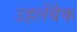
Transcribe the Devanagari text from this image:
उहलेंबैक